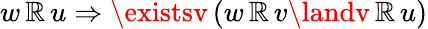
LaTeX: w\, \mathbb{R}\, u\Rightarrow\existsv\, (w\, \mathbb{R}\, v\landv\, \mathbb{R}\, u)